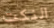
النكت